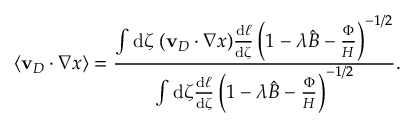
\langle \mathbf { v } _ { D } \cdot \nabla x \rangle = \frac { \int \mathrm { d } \zeta \; ( \mathbf { v } _ { D } \cdot \nabla x ) \frac { \mathrm { d } \ell } { \mathrm { d } \zeta } \left( 1 - \lambda \hat { B } - \frac { \Phi } { H } \right) ^ { - 1 / 2 } } { \int \mathrm { d } \zeta \frac { \mathrm { d } \ell } { \mathrm { d } \zeta } \left( 1 - \lambda \hat { B } - \frac { \Phi } { H } \right) ^ { - 1 / 2 } } .